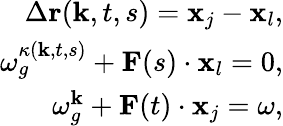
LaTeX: \begin{array}{r}{\Delta\textbf{r}(\textbf{k},t,s)=\textbf{x}_{j}-\textbf{x}_{l},}\\ {\omega_{g}^{\kappa(\textbf{k},t,s)}+\textbf{F}(s)\cdot\textbf{x}_{l}=0,}\\ {\omega_{g}^{\textbf{k}}+\textbf{F}(t)\cdot\textbf{x}_{j}=\omega,}\end{array}